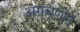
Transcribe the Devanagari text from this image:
अंगचणीने